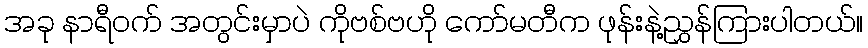
အခု နာရီဝက် အတွင်းမှာပဲ ကိုဗစ်ဗဟို ကော်မတီက ဖုန်းနဲ့ညွှန်ကြားပါတယ်။